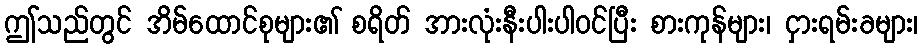
ဤသည်တွင် အိမ်ထောင်စုများ၏ စရိတ် အားလုံးနီးပါးပါဝင်ပြီး စားကုန်များ၊ ငှားရမ်းခများ၊